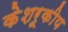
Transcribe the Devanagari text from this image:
केशरूकीय